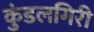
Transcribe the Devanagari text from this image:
कुंडलगिरी